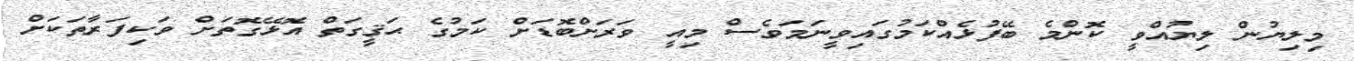
މިލިޔުން ލިޔުއްވީ ކޮންމެ ބޭފުޅެއްކަމުގައިވީނަމަވެސް މިއީ ވަރަށްބޮޑަށް ކަމުގެ ޙަޤީގަތް އޮޅޭގޮތަށް ވަކިފަރާތަކަށް